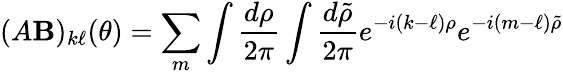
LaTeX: (A\mathbf{B})_{k\ell}(\theta)=\sum_{m}\int{\frac{{d\rho}}{{2\pi}}}\int{\frac{{d\tilde{{\rho}}}}{{2\pi}}}e^{-i(k-\ell)\rho}e^{-i(m-\ell)\tilde{{\rho}}}